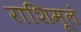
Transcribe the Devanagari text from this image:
राशिमूलं